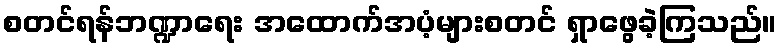
စတင်ရန်ဘဏ္ဍာရေး အထောက်အပံ့များစတင် ရှာဖွေခဲ့ကြသည်။